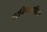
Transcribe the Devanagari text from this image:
परनिन्दाराहित्य